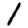
Digit: 1